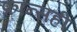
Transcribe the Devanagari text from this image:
फ्रान्सही